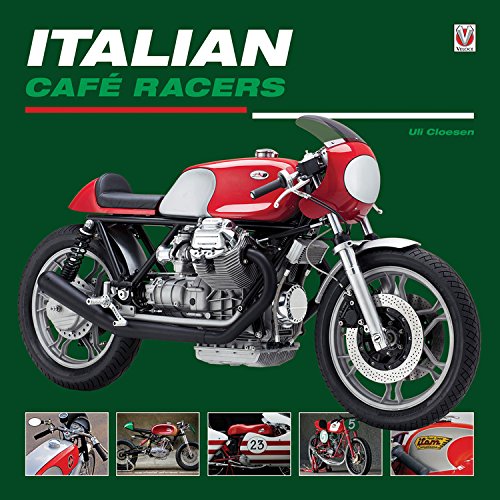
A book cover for Italian Cafe Racers; Uli Cloesen; Arts & Photography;